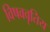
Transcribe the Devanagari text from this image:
विषववृतिय